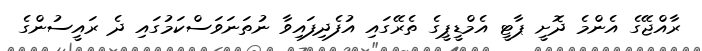
ރާއްޖޭގެ އެންމެ ދޮށީ ޕާޓީ އެމްޑީޕީގެ ތެރޭގައި އުފެދިފައިވާ ނުތަނަވަސްކަމުގައި ދެ ރައީސުންގެ